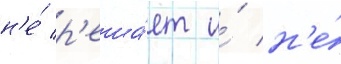
н'е́ р'еша́ет и́ н'е́